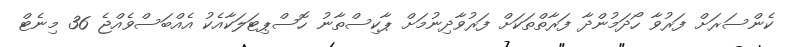
ކެންސަރަށް ފަރުވާ ހޯދަމުންދާ ފަރާތްތަކަށް ފަރުވާދިނުމަށް ޕާކިސްތާނު ހޮސްޕިޓަލަކާއެކު އެއްބަސްވެއްޖެ 36 މިނެޓް